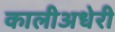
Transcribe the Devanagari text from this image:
कालीअधेरी